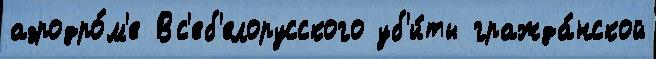
аэродро́м'е Вс'еб'елорусского уб'и́ты гражда́нской